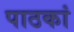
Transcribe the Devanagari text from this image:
पाठकां